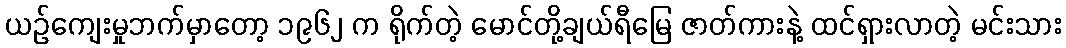
ယဉ်ကျေးမှုဘက်မှာတော့ ၁၉၆၂ က ရိုက်တဲ့ မောင်တို့ချယ်ရီမြေ ဇာတ်ကားနဲ့ ထင်ရှားလာတဲ့ မင်းသား